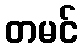
တမင်